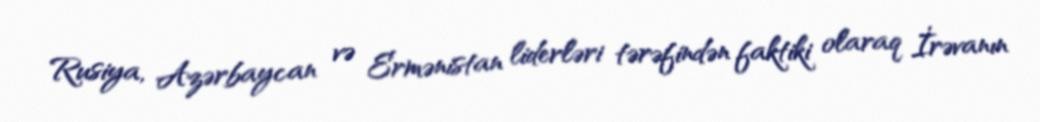
Rusiya, Azərbaycan və Ermənistan liderləri tərəfindən faktiki olaraq İrəvanın